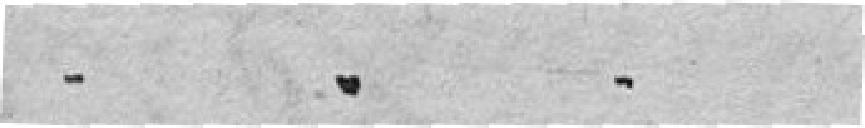
....